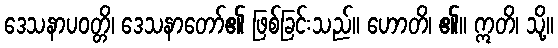
ဒေသနာပဝတ္တိ၊ ဒေသနာတော်၏ ဖြစ်ခြင်းသည်။ ဟောတိ၊ ၏။ ဣတိ၊ သို့။